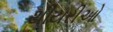
થીયરીઓ